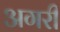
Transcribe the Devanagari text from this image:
अगरी